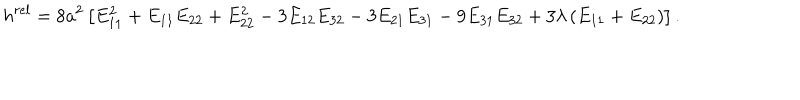
LaTeX: h ^ { r e l } = 8 a ^ { 2 } \left[ E _ { 1 1 } ^ { 2 } + E _ { 1 1 } E _ { 2 2 } + E _ { 2 2 } ^ { 2 } - 3 E _ { 1 2 } E _ { 3 2 } - 3 E _ { 2 1 } E _ { 3 1 } - 9 E _ { 3 1 } E _ { 3 2 } + 3 \lambda \left( E _ { 1 1 } + E _ { 2 2 } \right) \right] .